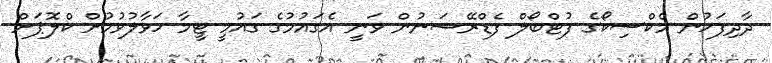
ދާދިފަހުން މެކްސިކޯގެ ފުޓްބޯލް ފެޑްރޭޝަނުން ވަނީ އެގައުމުގެ ގައުމީ ޓީމާ ހަވާލުވުމުށް ކްލޮޕަށް